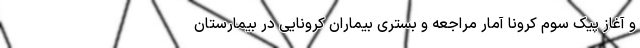
و آغاز پیک سوم کرونا آمار مراجعه و بستری بیماران کرونایی در بیمارستان